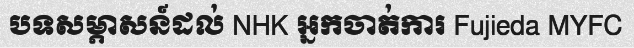
បទសម្ភាសន៍ដល់ NHK អ្នកចាត់ការ Fujieda MYFC